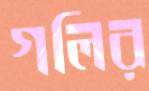
গলির